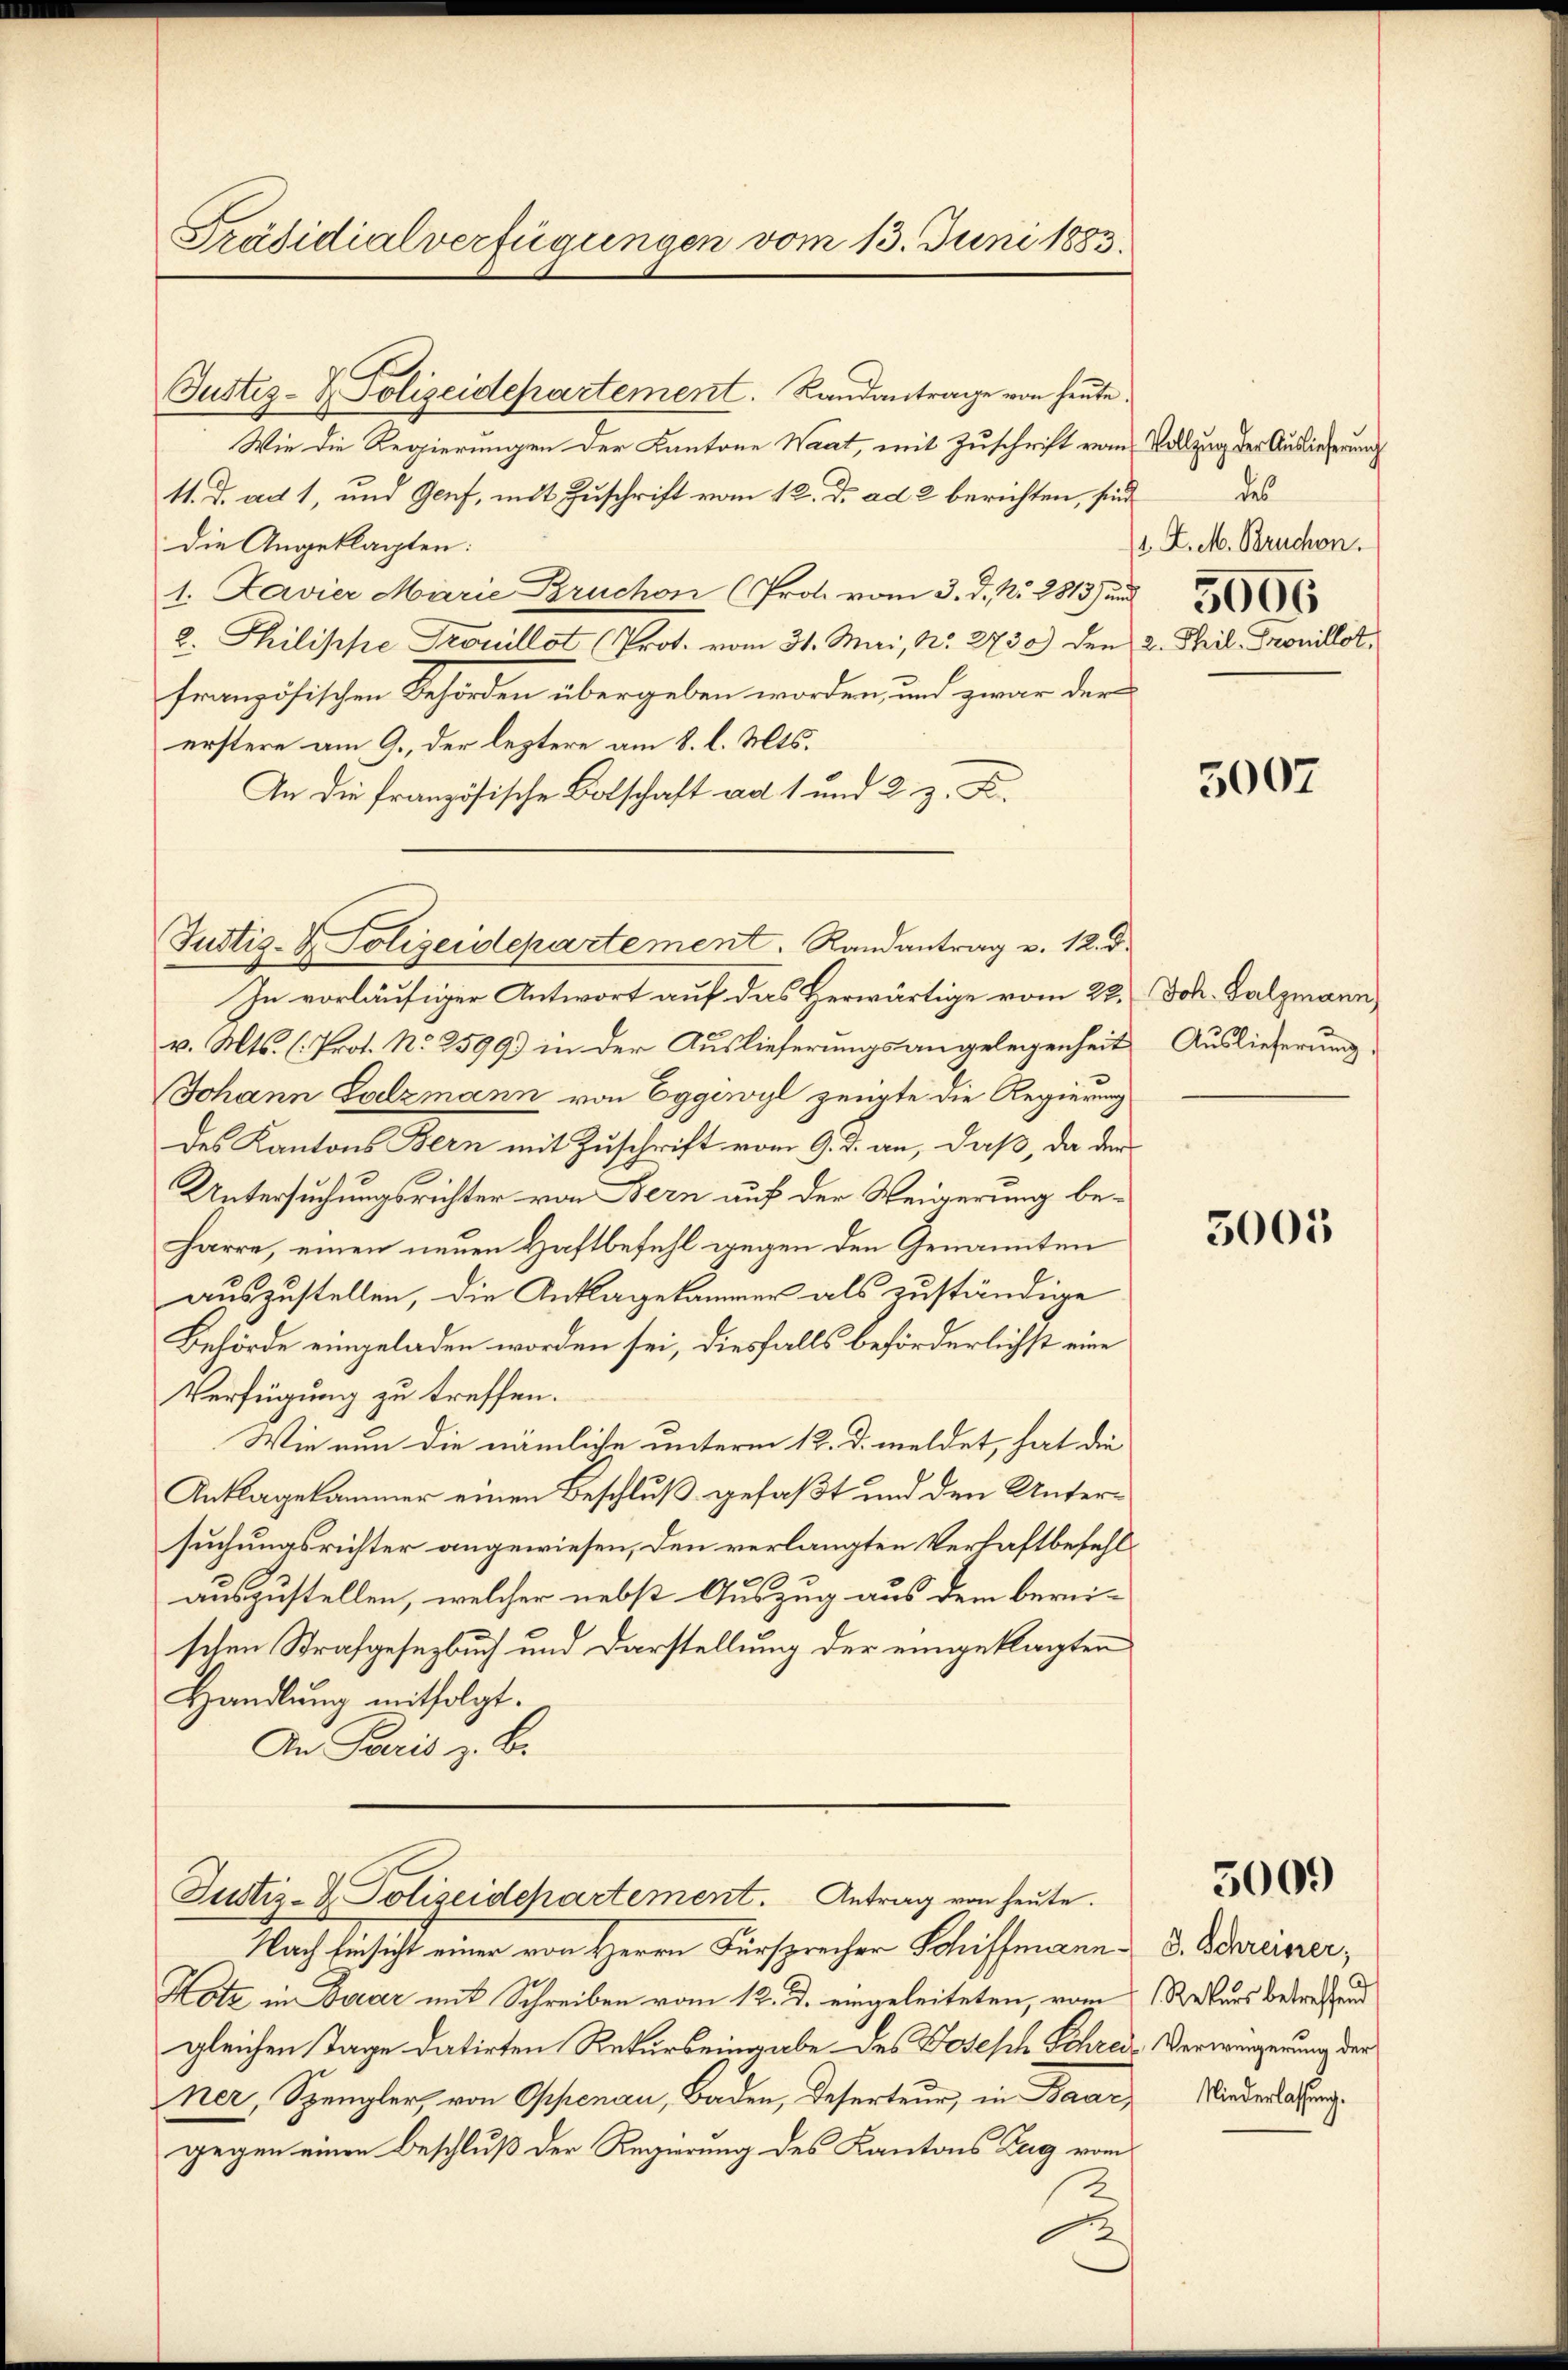
Präsidialverfügungen vom 13. Juni 1883.

Justiz- & Polizeidepartement. Randantrage von heŭte.
Wie die Regierungen der Kantone Waat, mit Zuschrift vom Vollzug der Auslieferung
11. d. ad 1, und Genf, mit Zuschrift vom 12. d. ad 2 berichten, sind
die Angeklagten:
1. Davier Marie Bruchen (Prot. vom 3. d. Nr. 2813) und
2. Philippe Trouillot (Prot. vom 31. Mai, No. 2730) den 2. Phil. Trouillot,
französischen Behörden übergeben worden, und zwar der
erstere am 9. der leztere am 8. l. Mts.
An die Französische Botschaft ad 1 und 2. z. K.
In vorläufiger Antwort auf das Herwärtige vom 22.
v. Mts. (Prot. No 2599) in der Auslieferungsangelegenheit
Johann Salzmann von Eggiwyl zeigte die Regierung
des Kantons Bern mit Zuschrift vom 9. d. an, daß, da der
Untersuchungsrichter von Bern auf der Weigerung beharre, einen neuen Haftbefehl gegen den Genannten
auszustellen, die Anklagekammer als zuständige
Behörde eingeladen worden sei, diesfalls beförderlichst eine
Verfügung zu treffen.
Wie nun die nämliche unterm 12. d. meldet, hat die
Anklagekammer einen Beschluß gefaßt und den Untersuchungsrichter angewiesen, den verlangten Verhaftbefehlauszustellen, welcher nebst Auszug aus dem bereischen Strafgesetzbuch und Darstellung der eingeklagten
Handlung mitfolgt.
An Paris z. B.

Justiz- & Polizeidepartement. Randantrag v. 12. d.

Justiz- & Polizeidepartement. Antrag von heute.
Nach Einsicht einer von Herrn Fürsprecher Schiffmann d. Schreiser,

Hotz in Foder mit Schreiben vom 12. d. eingeleiteten, vom Rekurs betreffend
gleichen Tage datirten Rekurseingabe des Todesch Schrei- Verweigerung der
ner, Spengler, von Oppenau, Baden, Deserteur, in Baar,
gegen einen Beschluß der Regierung des Kantons Zug vom

des
1. Z. M. Bruchon.

5007

Joh. Salzmann
Auslieferung

3005

5009

Niederlassung.